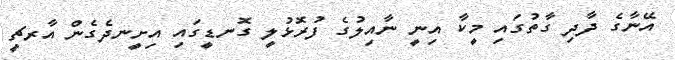
އޭނާގެ ދާދި ގާތުގައި މީކާ އިނީ ނާއިލުގެ ފުރޮޅުލީ ގޮނޑީގައި އިށީނދެގެން އާރޗީ